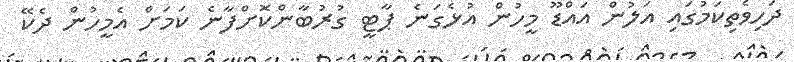
ދަހިވެތިކަމުގައި އަލުން އައްޑޫ މީހުން އުޅެގަނެ ޕާޓީ ގުރުބާންކޮށްފާނެ ކަމަށް އެމީހުން ދެކޭ